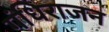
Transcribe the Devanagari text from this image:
गंधिराजन